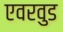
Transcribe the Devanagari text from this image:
एवरवुड